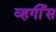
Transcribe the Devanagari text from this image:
व्हर्गीस